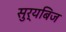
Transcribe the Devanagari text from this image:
सुर्यबिज